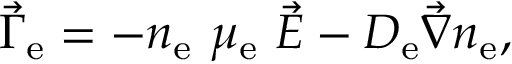
\vec { \Gamma } _ { \mathrm { e } } = - n _ { \mathrm { e } } \, \, \mu _ { \mathrm { e } } \, \, \vec { E } - D _ { \mathrm { e } } \vec { \nabla } n _ { \mathrm { e } } ,